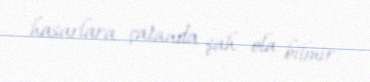
hasarlara çatanda şah ola bilmir.